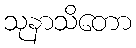
သုနာသိတော